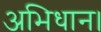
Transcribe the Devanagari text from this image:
अभिधान।